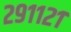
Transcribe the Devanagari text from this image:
२९११२१